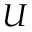
U